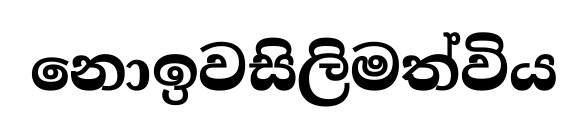
නොඉවසිලිමත්විය